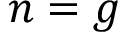
n = g